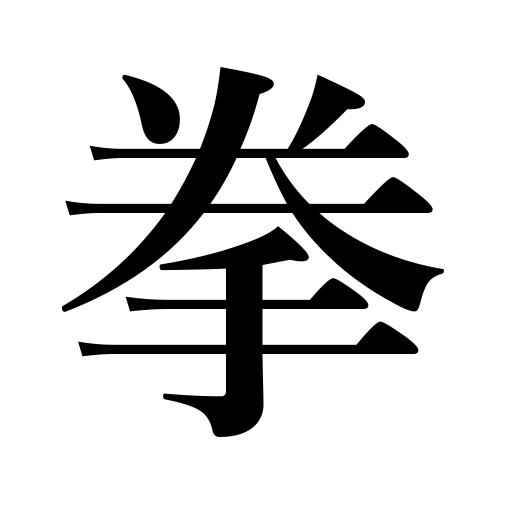
Meanings: fist